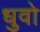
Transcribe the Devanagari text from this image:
धुवो